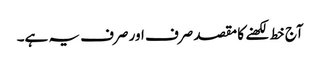
آج خط لکھنے کا مقصد صرف اور صرف یہ ہے۔